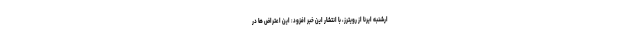
ارشنبه ایرنا از رویترز، با انتشار این خبر افزود: این اعتراض ها در